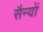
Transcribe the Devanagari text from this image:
सैन्यों